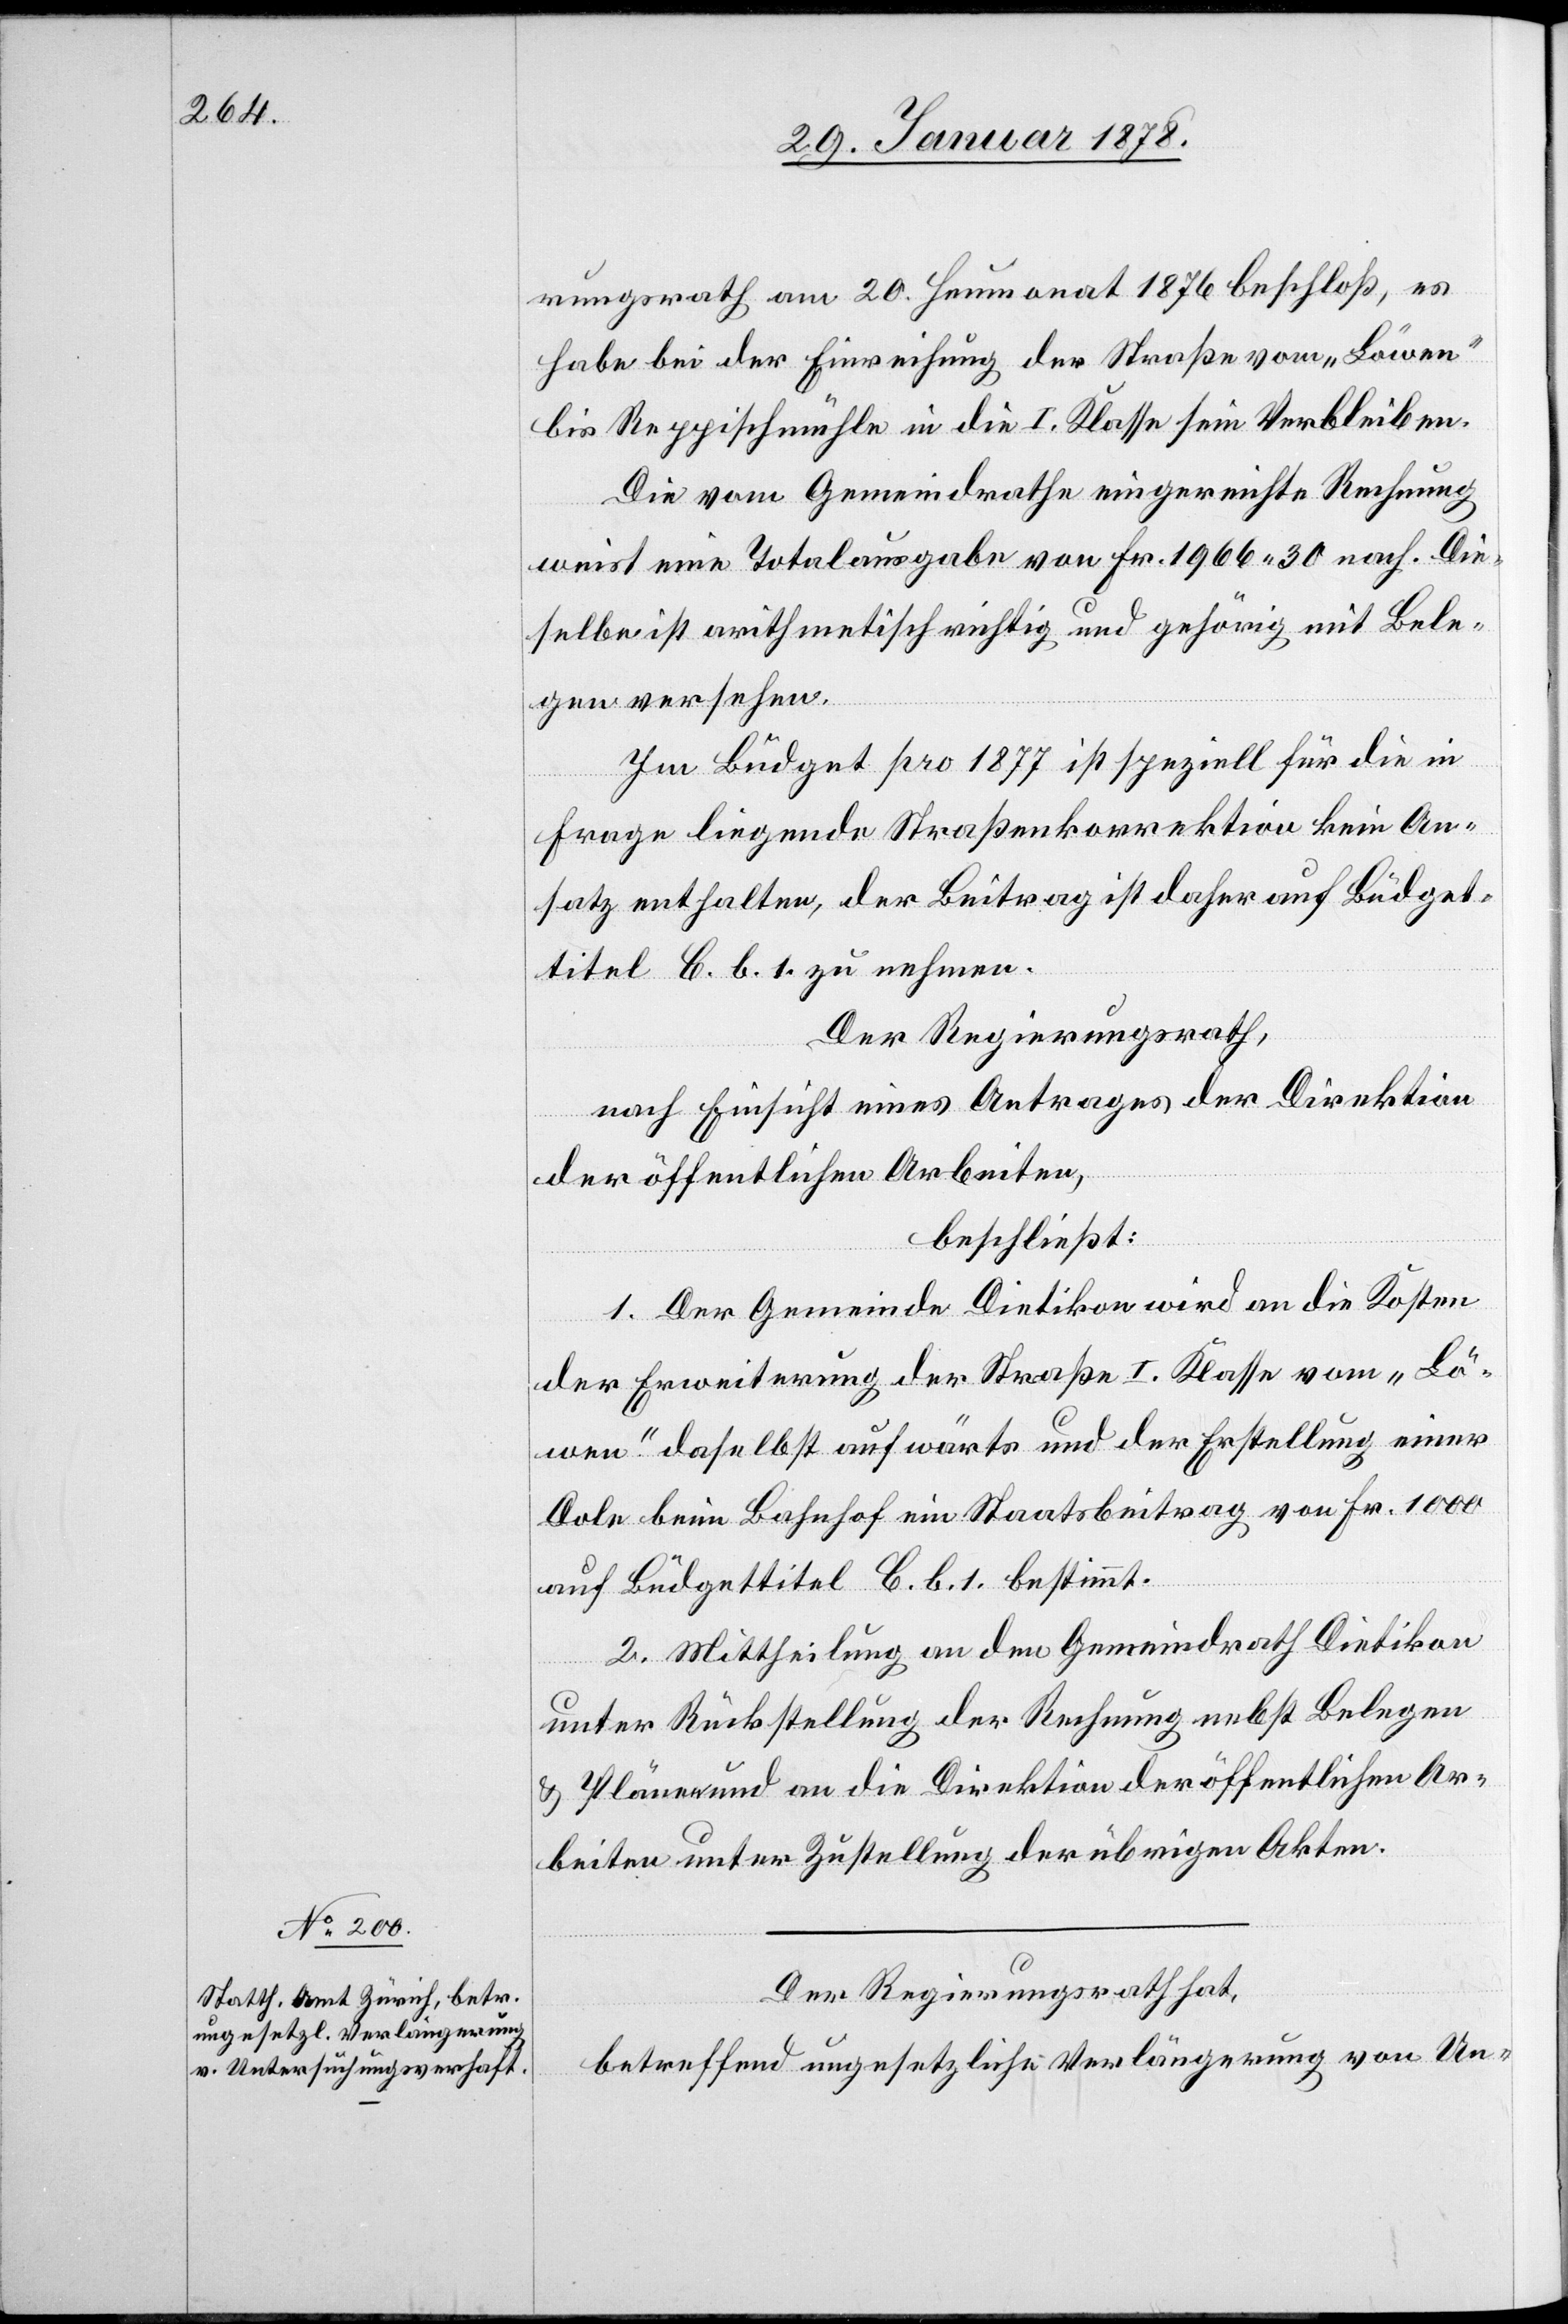
rungsrath am 20. Heumonat 1876 beschloß, es
habe bei der Einreihung der Straße vom „Löwen“
bis Reppischmühle in die I. Klasse sein Verbleiben.
Die vom Gemeindrathe eingereichte Rechnung
weist eine Totalausgabe von Fr. 1966.30 nach. Die¬
selbe ist arithmetisch richtig und gehörig mit Bele¬
gen versehen.
Im Büdget pro 1877 ist speziell für die in
Frage liegende Straßenkorrektion kein An¬
satz enthalten, der Beitrag ist daher auf Büdget¬
titel C. b. 1. zu nehmen.
Der Regierungsrath,
nach Einsicht eines Antrages der Direktion
der öffentlichen Arbeiten,
beschließt:
1. Der Gemeinde Dietikon wird an die Kosten
der Erweiterung der Straße I. Klasse vom „Lö¬
wen“ daselbst aufwärts und der Erstellung einer
Dole beim Bahnhof ein Staatsbeitrag von Fr. 1000
auf Büdgettitel C. b. 1. bestimmt.
2. Mittheilung an den Gemeindrath Dietikon
unter Rückstellung der Rechnung nebst Belegen
& Plänen an die Direktion der öffentlichen Ar¬
beiten unter Zustellung der übrigen Akten.
Der Regierungsrath hat,
betreffend ungesetzliche Verlängerung von Un-